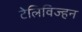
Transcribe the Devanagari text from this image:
टेलिविज्हन